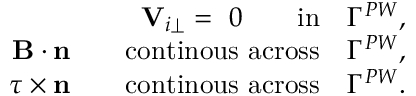
\begin{array} { r } { { \mathbf V } _ { i \perp } = ~ 0 \qquad \mathrm { i n } \quad \Gamma ^ { P W } , } \\ { { \mathbf B } \cdot \mathbf { n } \qquad \mathrm { c o n t i n o u s ~ a c r o s s } \quad \Gamma ^ { P W } , } \\ { \boldsymbol { \tau } \times \mathbf { n } \qquad \mathrm { c o n t i n o u s ~ a c r o s s } \quad \Gamma ^ { P W } . } \end{array}